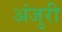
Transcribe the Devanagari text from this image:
अंजुरी